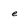
Character: e